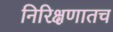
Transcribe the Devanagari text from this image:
निरिक्षणातच